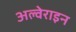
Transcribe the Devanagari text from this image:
अल्वेराइन